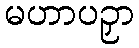
မဟာပဉှာ